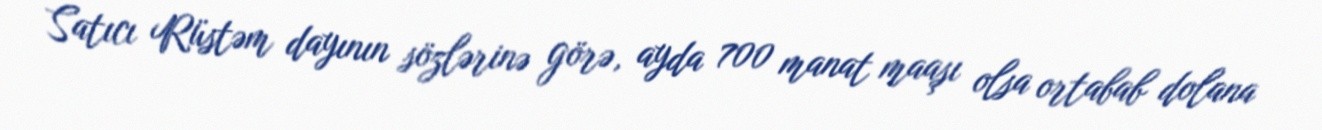
Satıcı Rüstəm dayının sözlərinə görə, ayda 700 manat maaşı olsa ortabab dolana